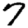
Digit: 7